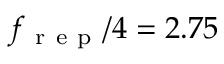
f _ { \mathrm { ~ r ~ e ~ p ~ } } / 4 = 2 . 7 5